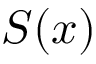
S ( x )